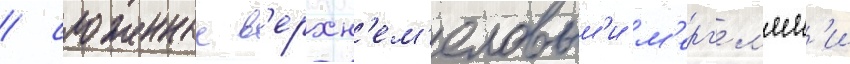
/ сложенные в'ерхн'ем'еловым'и м'ерг'ел'ям'и